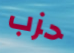
حزب